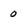
Character: 0